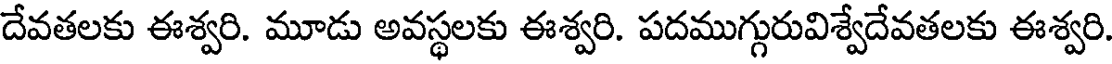
దేవతలకు ఈశ్వరి. మూడు అవస్థలకు ఈశ్వరి. పదముగ్గురువిశ్వేదేవతలకు ఈశ్వరి.